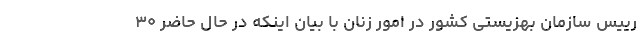
رییس سازمان بهزیستی کشور در امور زنان با بیان اینکه در حال حاضر ۳۰